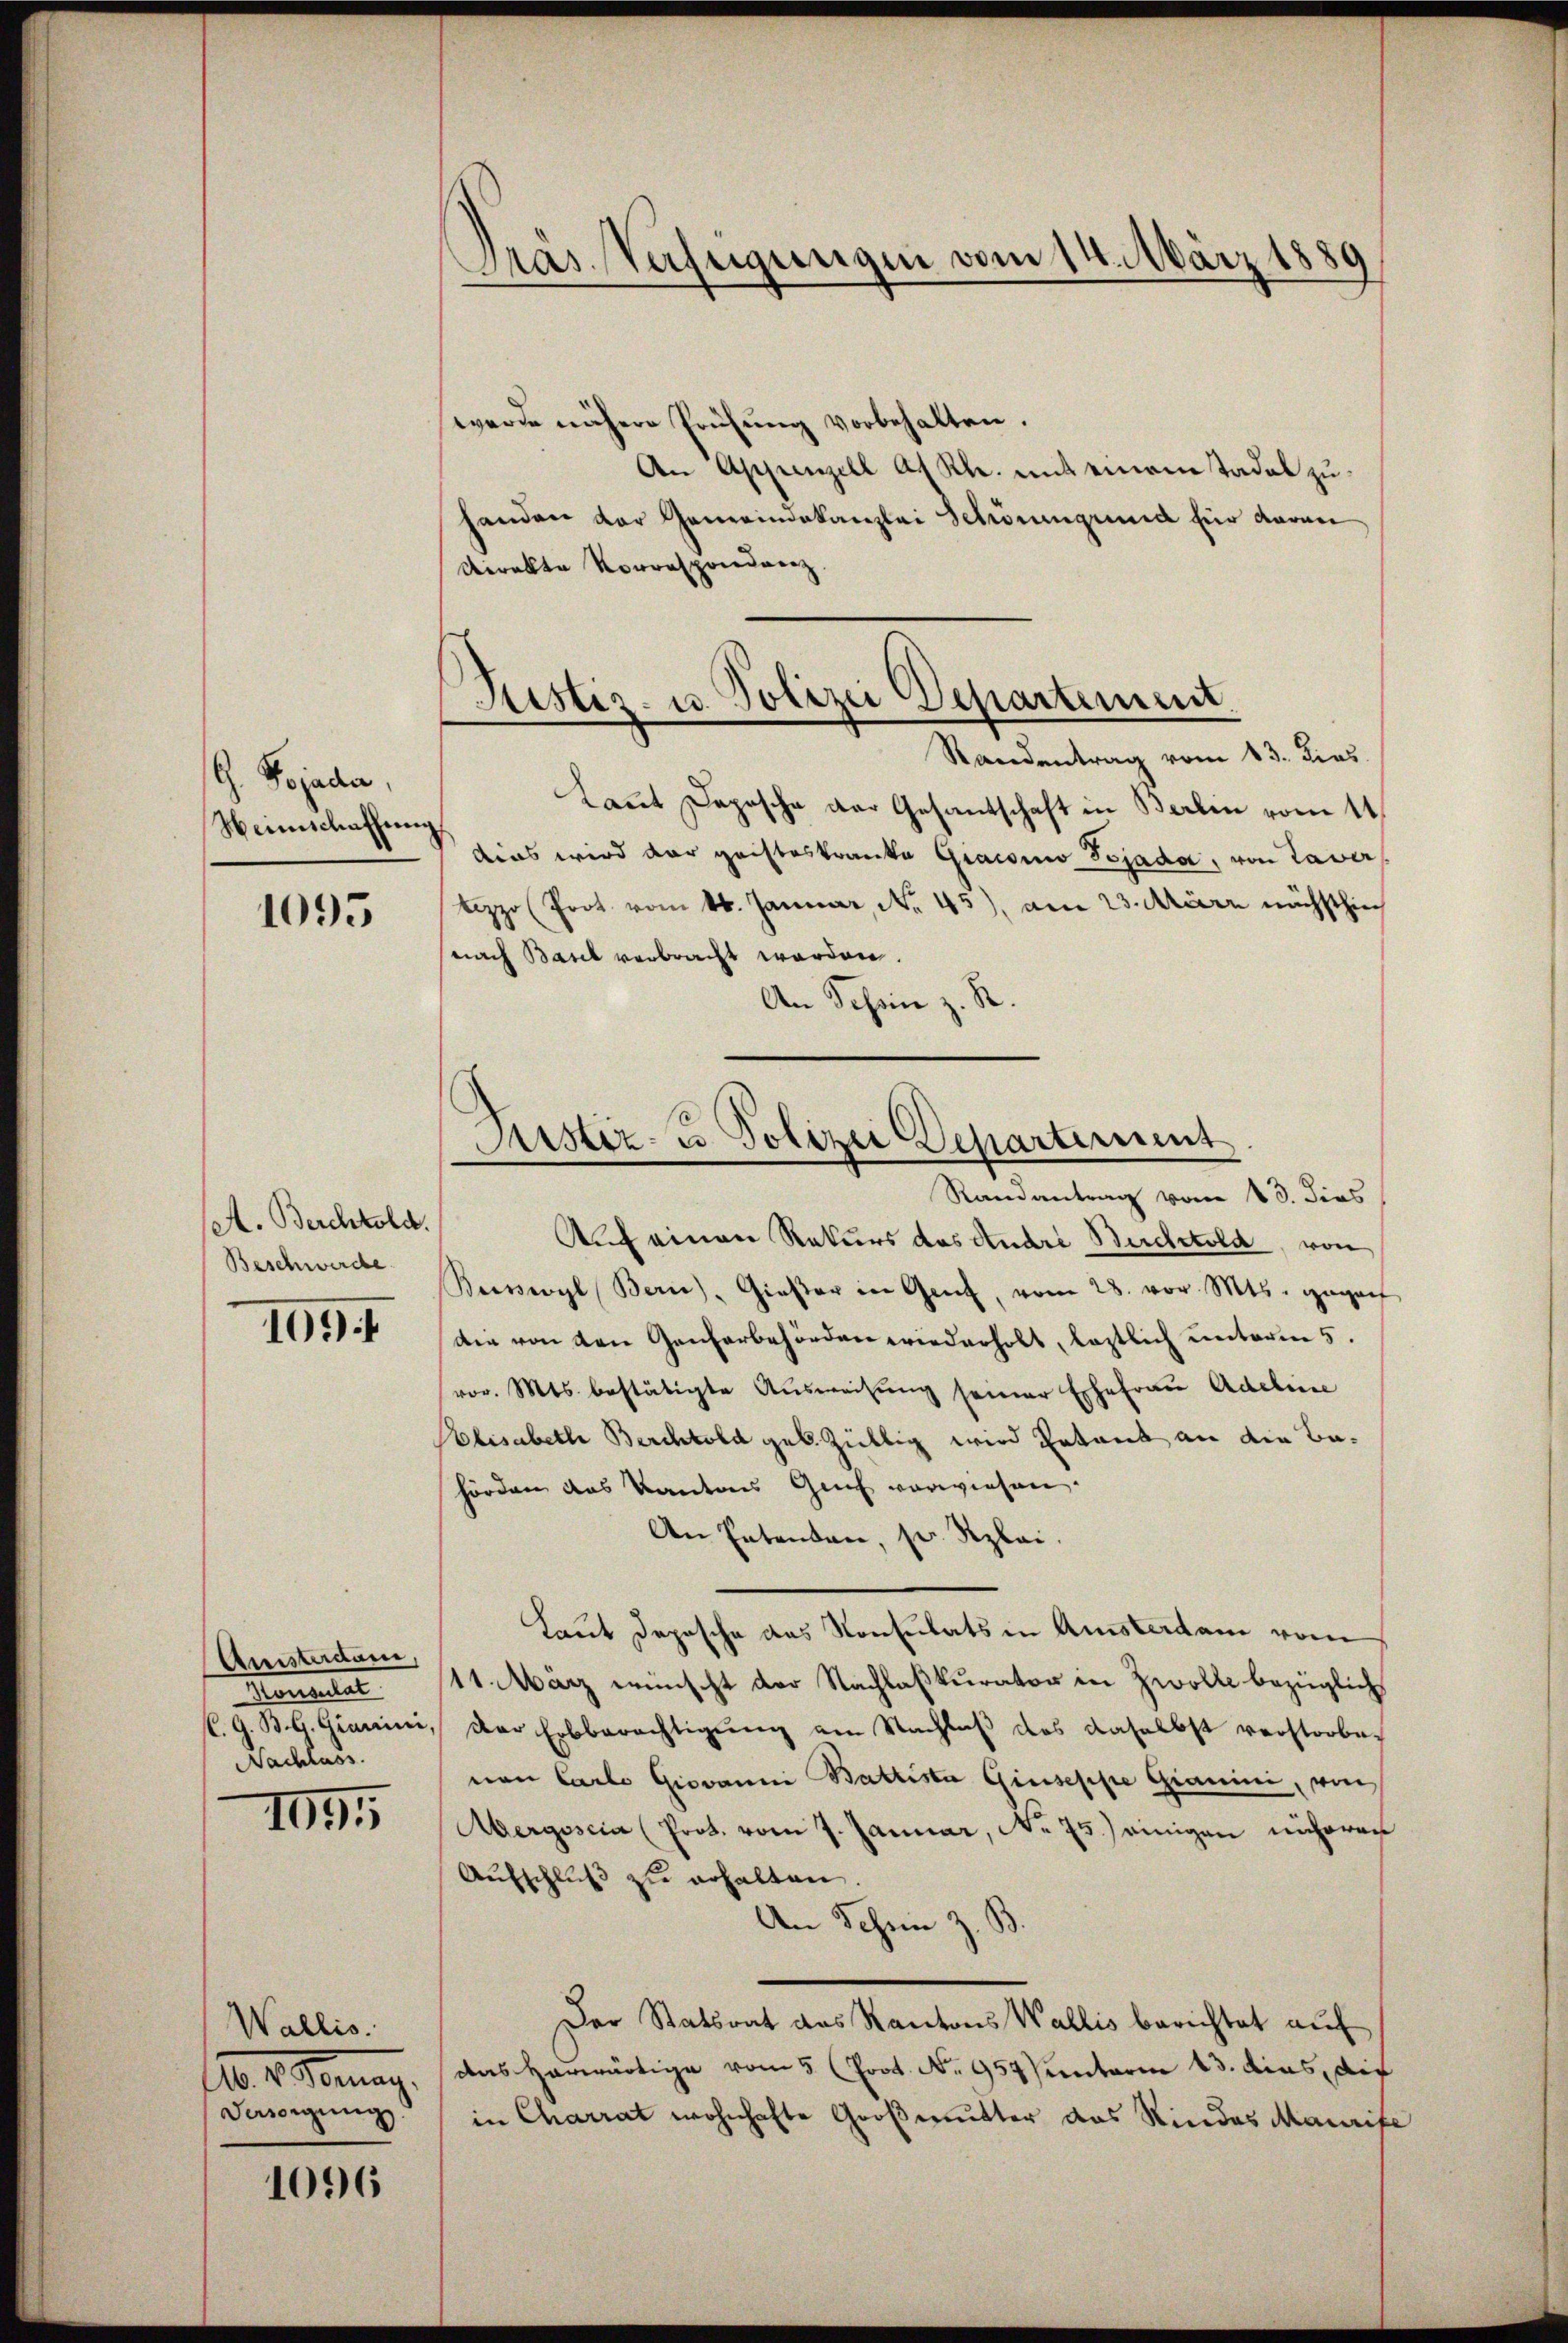
G. Bojader,
Weinschaffung

1095

A. Berchtold.
Beschwerde

1094

Quisterdame,
Mengeset
Nachlass.

III

Wallis.
A. E. Germag.
Desorgung.

1096

werde nähere Prüfŭng vorbehalten.
An Appenzell A. Rh. mit einem tadel zuhanden der Gemeindekanzlei Schönengrund für daran
Direkte Vorrespondenz
Kannt Depesche der Gesantschaft in Berlin vom 1
dies wird der geisteskranke Gracomo Tojada, von Taver
zo Prot. vom 16. Januar, No. 45), am 23. März nächsthie
nach Basel verbracht werden.
An Schein z. R.

Auf einen Rekurs das Andri Buchtold, von
Beisevyl Bern), Gießer in Genf, vom 28. vor. Mts. geganf
die von den Genferbehörden wiederholt, leztlich unterm 5.
vor. Mts. bestätigte Aŭsweisŭng seiner Ehefrau Adeline
Plisabeth Berchtold geb. Züllig wird Ratant an die Behörden das Kantons Genf verwiesen.
An Patenbar, sr Rzlai.
Laut Depesche das Konsulats in Amsterdam vom
11. März wünscht der Nachlaßkurator in Zwolke bezüglich
C.G. B. G. Gianini, der Erbberechtigung am Nachlaß das daselbst verstorbenon Carlo Giovanni Battista Giuseppe Gianini, von
Aergoscia (Prot. vom 7. Januar, No. 75.) einigen näheren
Aŭfschlŭβ zŭ erhalten.
An Schen z. B.
Der Statsrat das Kantons Wallis berichtet auf
das Hauswärtige vom 5 (Poot. No 957 Penterm 13. dies, die
in Charrat wohnhafte Großmutter das Kindes Maurife

Präs. Verfügungen vom 14. März 1889

Ristiz- u. Polizei Departement.
Randentrag vom 13. Dies

Fister- & Polizei Departement
Randantrag vom 13. dies